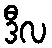
ဒီလ